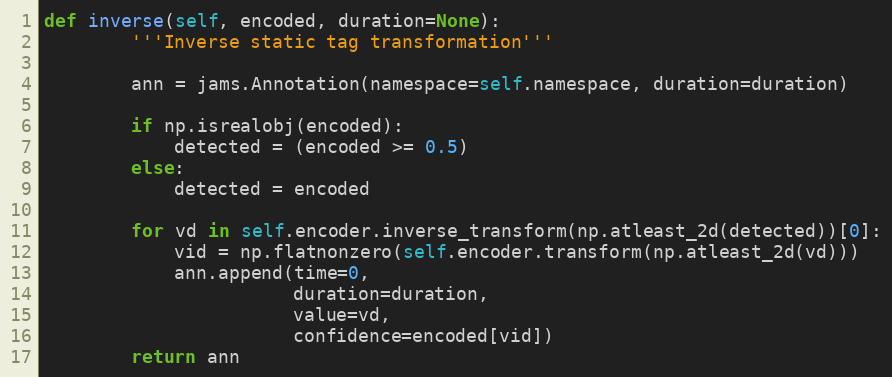
Language: Python
def inverse(self, encoded, duration=None):
        '''Inverse static tag transformation'''

        ann = jams.Annotation(namespace=self.namespace, duration=duration)

        if np.isrealobj(encoded):
            detected = (encoded >= 0.5)
        else:
            detected = encoded

        for vd in self.encoder.inverse_transform(np.atleast_2d(detected))[0]:
            vid = np.flatnonzero(self.encoder.transform(np.atleast_2d(vd)))
            ann.append(time=0,
                       duration=duration,
                       value=vd,
                       confidence=encoded[vid])
        return ann